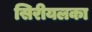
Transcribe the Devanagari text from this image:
सिरीयलका